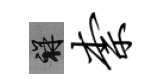
祥柰